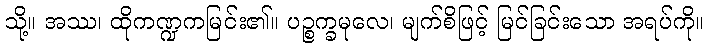
သို့။ အဿ၊ ထိုကဏ္ဍကမြင်း၏။ ပဉ္စက္ခမုလေ၊ မျက်စိဖြင့် မြင်ခြင်းသော အရပ်ကို။